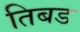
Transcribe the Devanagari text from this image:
तिबड